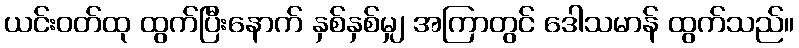
ယင်းဝတ်ထု ထွက်ပြီးနောက် နှစ်နှစ်မျှ အကြာတွင် ဒေါသမာန် ထွက်သည်။